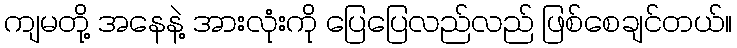
ကျမတို့ အနေနဲ့ အားလုံးကို ပြေပြေလည်လည် ဖြစ်စေချင်တယ်။